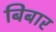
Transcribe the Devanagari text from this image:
बिबार